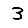
Digit: 3